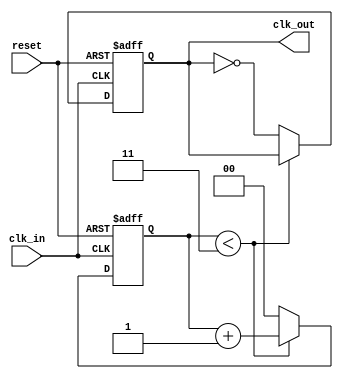
module parameterized_clock_divider #(
    parameter DIV_FACTOR = 4  // Division factor, should be a positive integer
)(
    input wire clk_in,         // Input clock signal
    input wire reset,          // Active high asynchronous reset
    output reg clk_out         // Output clock signal
);

    reg [$clog2(DIV_FACTOR)-1:0] count; // Counter to keep track of clock cycles

    // Asynchronous reset and clock division logic
    always @(posedge clk_in or posedge reset) begin
        if (reset) begin
            count <= 0;        // Reset counter to zero
            clk_out <= 0;      // Initialize output clock to low
        end else begin
            if (DIV_FACTOR > 1) begin
                if (count < DIV_FACTOR - 1) begin
                    count <= count + 1; // Increment count
                end else begin
                    count <= 0;          // Reset count
                    clk_out <= ~clk_out; // Toggle output clock
                end
            end else begin
                clk_out <= clk_in; // If DIV_FACTOR <= 1, output is same as input
            end
        end
    end

endmodule